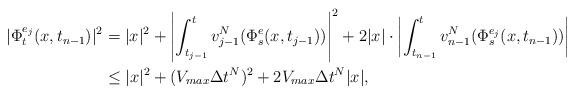
LaTeX: \begin{align*}|\Phi^{e_j}_{t}(x,t_{n-1})|^2 &= |x|^2+\left|\int_{t_{j-1}}^t v_{j-1}^{N}(\Phi_s^e(x,t_{j-1}))\right|^2+ 2|x|\cdot\left|\int_{t_{n-1}}^t v_{n-1}^{N}(\Phi_s^{e_j}(x,t_{n-1}))\right| \\&\leq |x|^2+(V_{max}\Delta t^N)^2+2V_{max}\Delta t^N|x|,\end{align*}